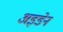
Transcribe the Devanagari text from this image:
अइडेन